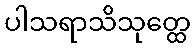
ပါသရာသိသုတ္ထေ